Investigations into the jail dietaries of the United Provinces with some observations on the influence of dietary on the physical development and well-being of the people of the United Provinces - Number 48
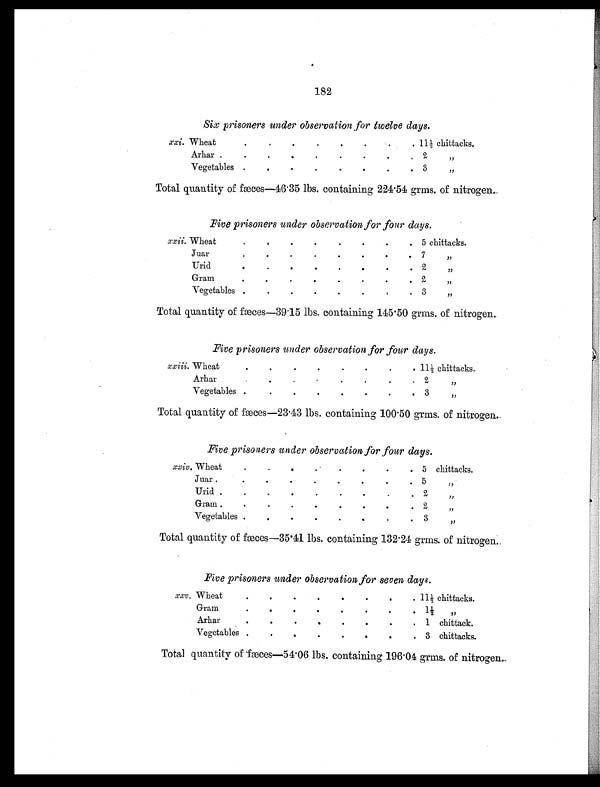
182
Six prisoners under observation for twelve days.
xxi. Wheat
.
. . .
.
. .
. 11½ chittacks.
Arhar
.
.
.
.
.
.
.
.
2 ,,
Vegetables .
.
.
.
.
.
.
.
3 ,,
Total quantity of fæces—46.35 lbs. containing 224.54 grms. of nitrogen.
Five prisoners under observation for four days.
xxii. Wheat
. .
.
.
.
.
.
. 5 chittacks.
Jua
r
.
.
.
.
.
.
.
.
7 ,,
Urid .
.
.
.
.
.
.
.
2 ,,
Gram .
.
.
.
.
.
.
.
2 ,,
Vegetables
.
.
.
.
.
.
. .
3 ,,
Total quantity of fæces—39.15 lbs. containing 145.50 grms. of nitrogen.
Five prisoners under observation for four days.
xxiii. Wheat .
.
. . . . .
. 11½ chittacks.
Arha r
. .
.
.
.
.
.
.
2 ,,
Vegetables .
.
.
.
.
. .
.
3 ,,
Total quantity of fæces—23.43 lbs. containing 100.50 grms. of nitrogen.
Five prisoners under observation for four days.
xxiv. Wheat
. . . .
.
.
.
. 5 chittacks.
Juar .
.
.
.
.
.
.
.
. 5 ,,
Urid
.
.
.
.
.
.
.
.
.
2 ,,
Gram
.
.
.
.
.
.
.
.
2 ,,
Vegetables .
.
.
.
.
.
.
.
3 ,,
Total quantity offæces—35.41 lbs. containing 132.24 grms. of nitrogen.
Five prisoners under observation for seven days.
xxv. Wheat
. .
.
.
. .
.
. 11½ chittacks.
Gram
.
.
.
.
.
.
.
.
1½ ,,
Arhar
.
.
.
.
.
.
. .
1 chittack.
Vegetables
. .
.
.
.
. .
. 3 chittacks.
Total quantity of fæces—54.06 lbs. containing 19
6.04 grms. of nitrogen.